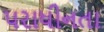
પરાધીનતા